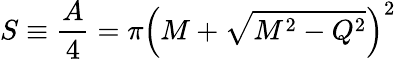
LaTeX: S\equiv{\frac{A}{4}}=\pi\left(M+\sqrt{M^{2}-Q^{2}}\right)^{2}